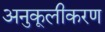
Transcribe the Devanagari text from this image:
अनुकूलीकरण